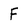
Character: F